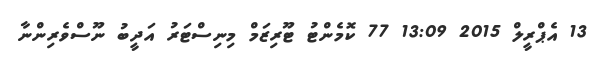
13 އެޕްރީލް 2015 13:09 77 ކޮމެންޓު ޓޫރިޒަމް މިނިސްޓަރު އަދީބު ނޫސްވެރިންނާ